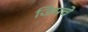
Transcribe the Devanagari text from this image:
जिमचे